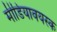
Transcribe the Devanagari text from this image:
मीडियावयस्क